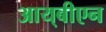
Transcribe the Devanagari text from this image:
आय्‌बीएन